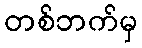
တစ်ဘက်မှ